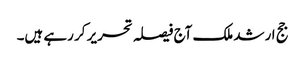
جج ارشد ملک آج فیصلہ تحریر کر رہے ہیں۔